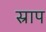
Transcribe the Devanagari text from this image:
स्राप